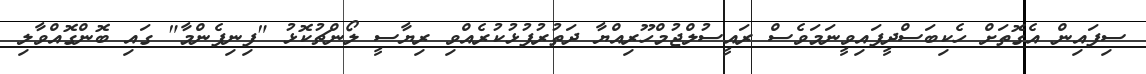
ސިފައިން އެގޮތަށް ހެކިބަސްދީފައިވީނަމަވެސް ރައީސުލްޖުމްހޫރިއްޔާ ދަތުރުފުޅުކުރެއްވި ރިޔާސީ ލޯންޗުކޮޅު "ފިނިފެންމާ" ގައި ބޮންގޮއްވާލި